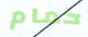
حمام